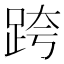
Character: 跨